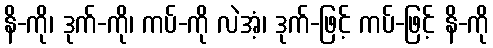
နိ-ကို၊ ဒုက်-ကို၊ ကပ်-ကို လဲအံ့၊ ဒုက်-ဖြင့် ကပ်-ဖြင့် နိ-ကို